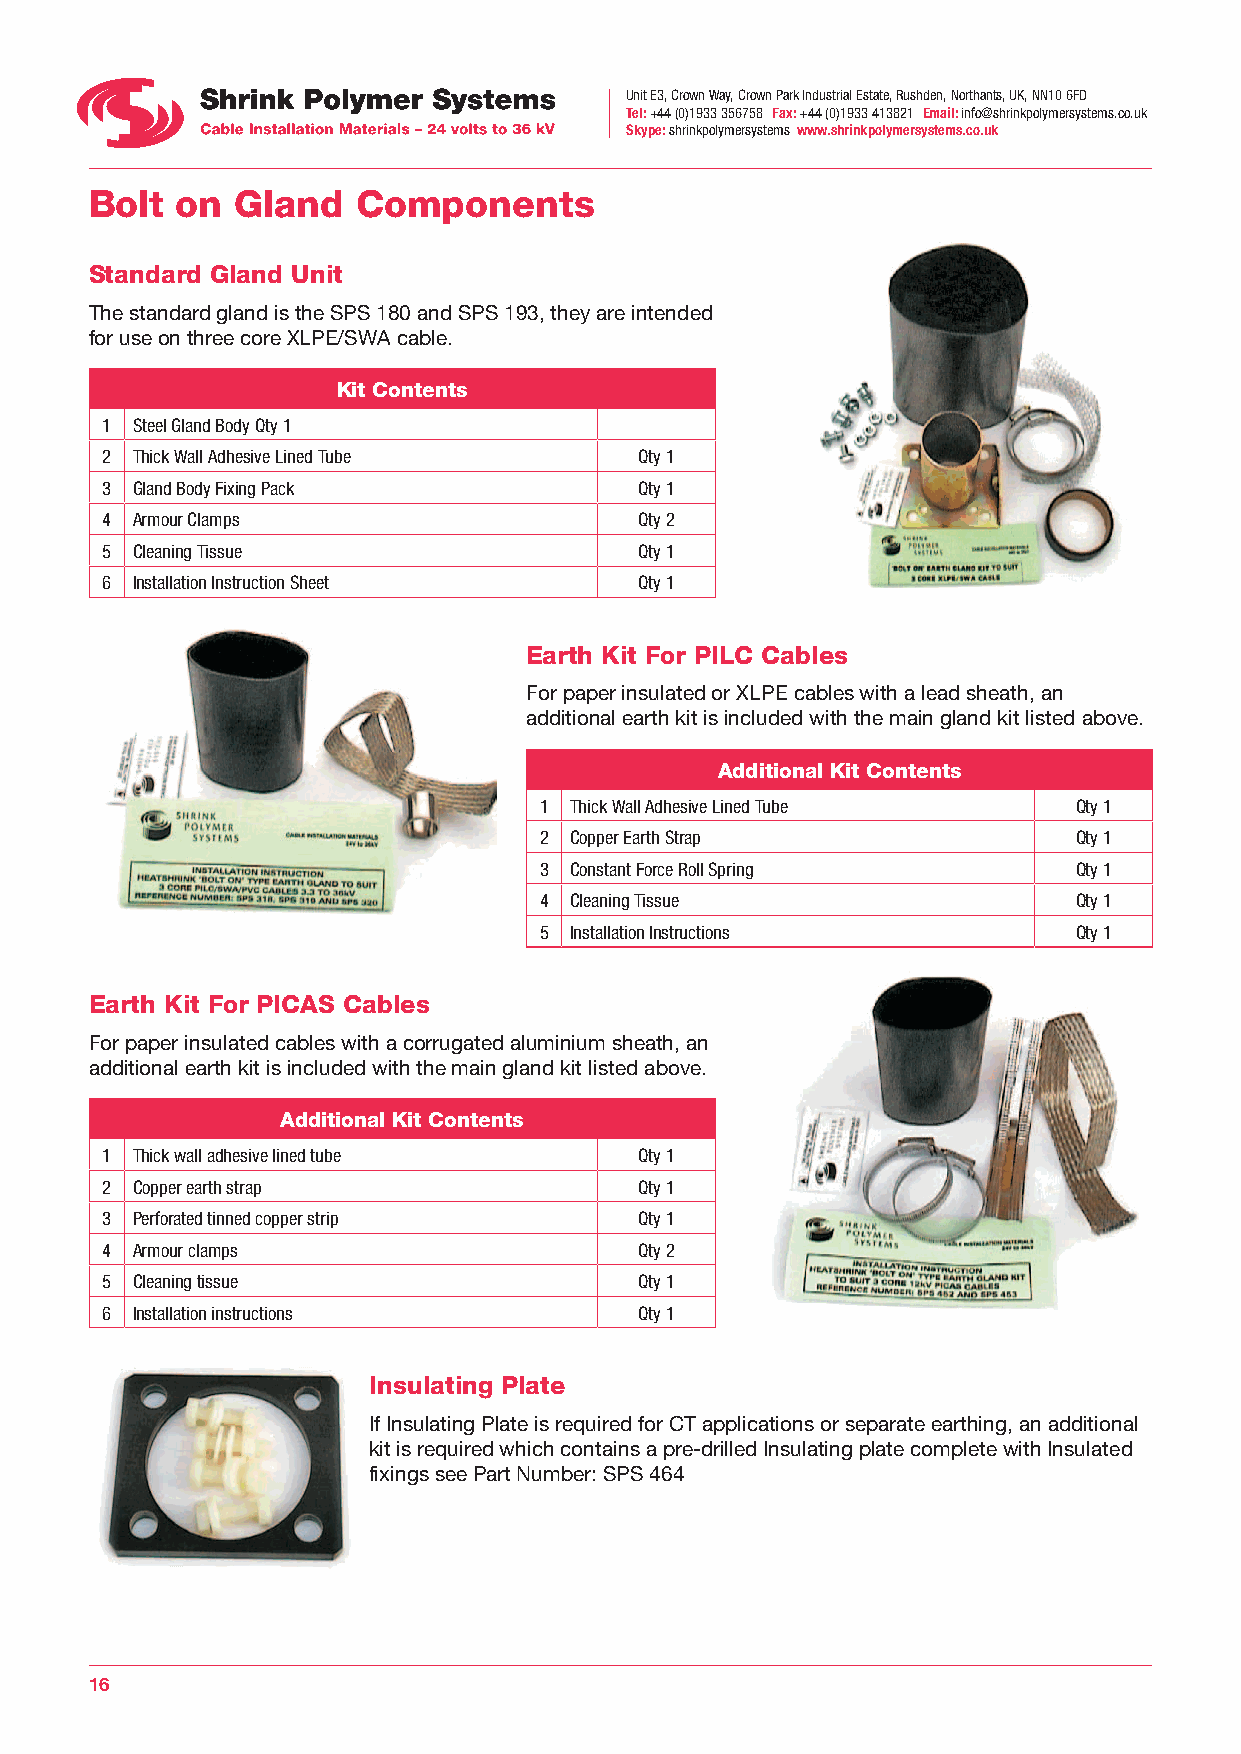
Unit E3, Crown Way, Crown Park Industrial Estate, Rushden, Northants, UK, NN10 6FD
 Tel: +44 (0)1933 356758 Fax: +44 (0)1933 413821 Email: info@shrinkpolymersystems.co.uk
 Skype: shrinkpolymersystems www.shrinkpolymersystems.co.uk
 Bolt  on  Gland   Components
 Standard Gland Unit
 The standard gland is the SPS 180 and SPS 193, they are intended
 for use on three core XLPE/SWA cable.
 Kit Contents
 1 Steel Gland Body Qty 1
 2 Thick Wall Adhesive Lined Tube   Qty 1
 3 Gland Body Fixing Pack           Qty 1
 4 Armour Clamps                    Qty 2
 5 Cleaning Tissue                  Qty 1
 6 Installation Instruction Sheet   Qty 1
 Earth Kit For PILC Cables
 For paper insulated or XLPE cables with a lead sheath, an
 additional earth kit is included with the main gland kit listed above.
 Additional Kit Contents
 1 Thick Wall Adhesive Lined Tube   Qty 1
 2 Copper Earth Strap               Qty 1
 3 Constant Force Roll Spring       Qty 1
 4 Cleaning Tissue                  Qty 1
 5 Installation Instructions        Qty 1
 Earth Kit For PICAS Cables
 For paper insulated cables with a corrugated aluminium sheath, an
 additional earth kit is included with the main gland kit listed above.
 Additional Kit Contents
 1 Thick wall adhesive lined tube   Qty 1
 2 Copper earth strap               Qty 1
 3 Perforated tinned copper strip   Qty 1
 4 Armour clamps                    Qty 2
 5 Cleaning tissue                  Qty 1
 6 Installation instructions        Qty 1
 Insulating Plate
 If Insulating Plate is required for CT applications or separate earthing, an additional
 kit is required which contains a pre-drilled Insulating plate complete with Insulated
 fixings see Part Number: SPS 464
 16